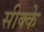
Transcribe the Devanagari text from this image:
सीक्के